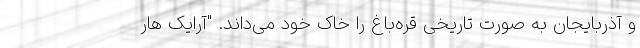
و آذربایجان به صورت تاریخی قره‌باغ را خاک خود می‌داند. "آرایک هار